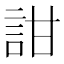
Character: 詌